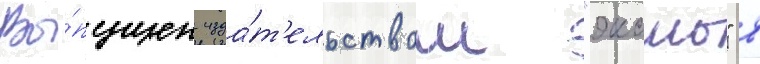
Вы́пущен изда́т'ельством "эксмо" в